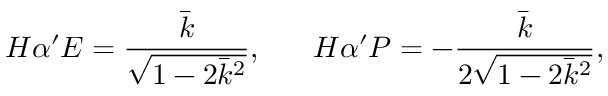
H \alpha ^ { \prime } E = \frac { \bar { k } } { \sqrt { 1 - 2 \bar { k } ^ { 2 } } } , \; \; \; \; \; \; H \alpha ^ { \prime } P = - \frac { \bar { k } } { 2 \sqrt { 1 - 2 \bar { k } ^ { 2 } } } ,